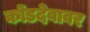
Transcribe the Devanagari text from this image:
कोंडदेवावर